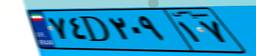
۸۰D۴۲۸۶۸